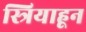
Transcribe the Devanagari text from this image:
स्त्रियाहून